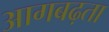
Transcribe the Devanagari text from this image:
आगबढ़ता